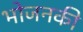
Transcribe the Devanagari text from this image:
भोजनकी